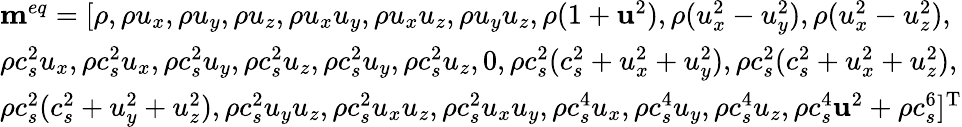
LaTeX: \begin{array}{l}{{{\mathbf{m}}^{eq}}=[\rho,\rho{u_{x}},\rho{u_{y}},\rho{u_{z}},\rho{u_{x}}{u_{y}},\rho{u_{x}}{u_{z}},\rho{u_{y}}{u_{z}},\rho(1+{{\mathbf{u}}^{2}}),\rho(u_{x}^{2}-u_{y}^{2}),\rho(u_{x}^{2}-u_{z}^{2}),}\\ {\rho c_{s}^{2}{u_{x}},\rho c_{s}^{2}{u_{x}},\rho c_{s}^{2}{u_{y}},\rho c_{s}^{2}{u_{z}},\rho c_{s}^{2}{u_{y}},\rho c_{s}^{2}{u_{z}},0,\rho c_{s}^{2}(c_{s}^{2}+u_{x}^{2}+u_{y}^{2}),\rho c_{s}^{2}(c_{s}^{2}+u_{x}^{2}+u_{z}^{2}),}\\ {\rho c_{s}^{2}(c_{s}^{2}+u_{y}^{2}+u_{z}^{2}),\rho c_{s}^{2}{u_{y}}{u_{z}},\rho c_{s}^{2}{u_{x}}{u_{z}},\rho c_{s}^{2}{u_{x}}{u_{y}},\rho c_{s}^{4}{u_{x}},\rho c_{s}^{4}{u_{y}},\rho c_{s}^{4}{u_{z}},\rho c_{s}^{4}{{\mathbf{u}}^{2}}+\rho c_{s}^{6}{]^{\mathrm{T}}}}\end{array}